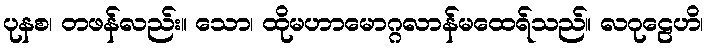
ပုနစ၊ တဖန်လည်း။ သော၊ ထိုမဟာမောဂ္ဂလာန်မထေရ်သည်။ လဂုဠေဟိ၊